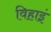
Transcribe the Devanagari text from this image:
विहाइं